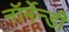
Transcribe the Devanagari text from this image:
नॉर्मेन्डी